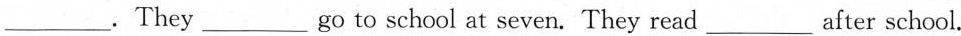
___. They ___ go to school at seven. They read ___ after school.